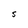
Character: S